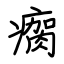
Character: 瘸